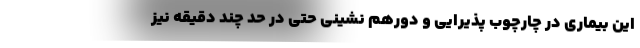
این بیماری در چارچوب پذیرایی و دورهم نشینی حتی در حد چند دقیقه نیز